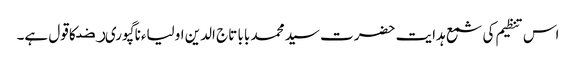
اس تنظیم کی شمع ہدایت حضرت سید محمد بابا تاج الدین اولیاءناگپوریﺭﺿ کا قول ہے۔